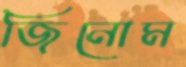
জিনোম